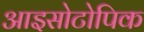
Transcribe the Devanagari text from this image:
आइसोटोपिक